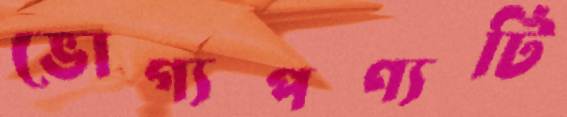
ভোগ্যপণ্যটি